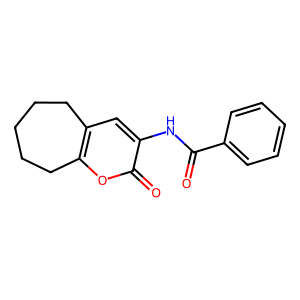
SMILES: O=C(Nc1cc2c(oc1=O)CCCCC2)c1ccccc1
Inhibits HIV replication: No